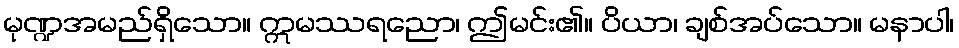
မုဏ္ဍအမည်ရှိသော။ ဣမဿရညော၊ ဤမင်း၏။ ပိယာ၊ ချစ်အပ်သော။ မနာပါ၊